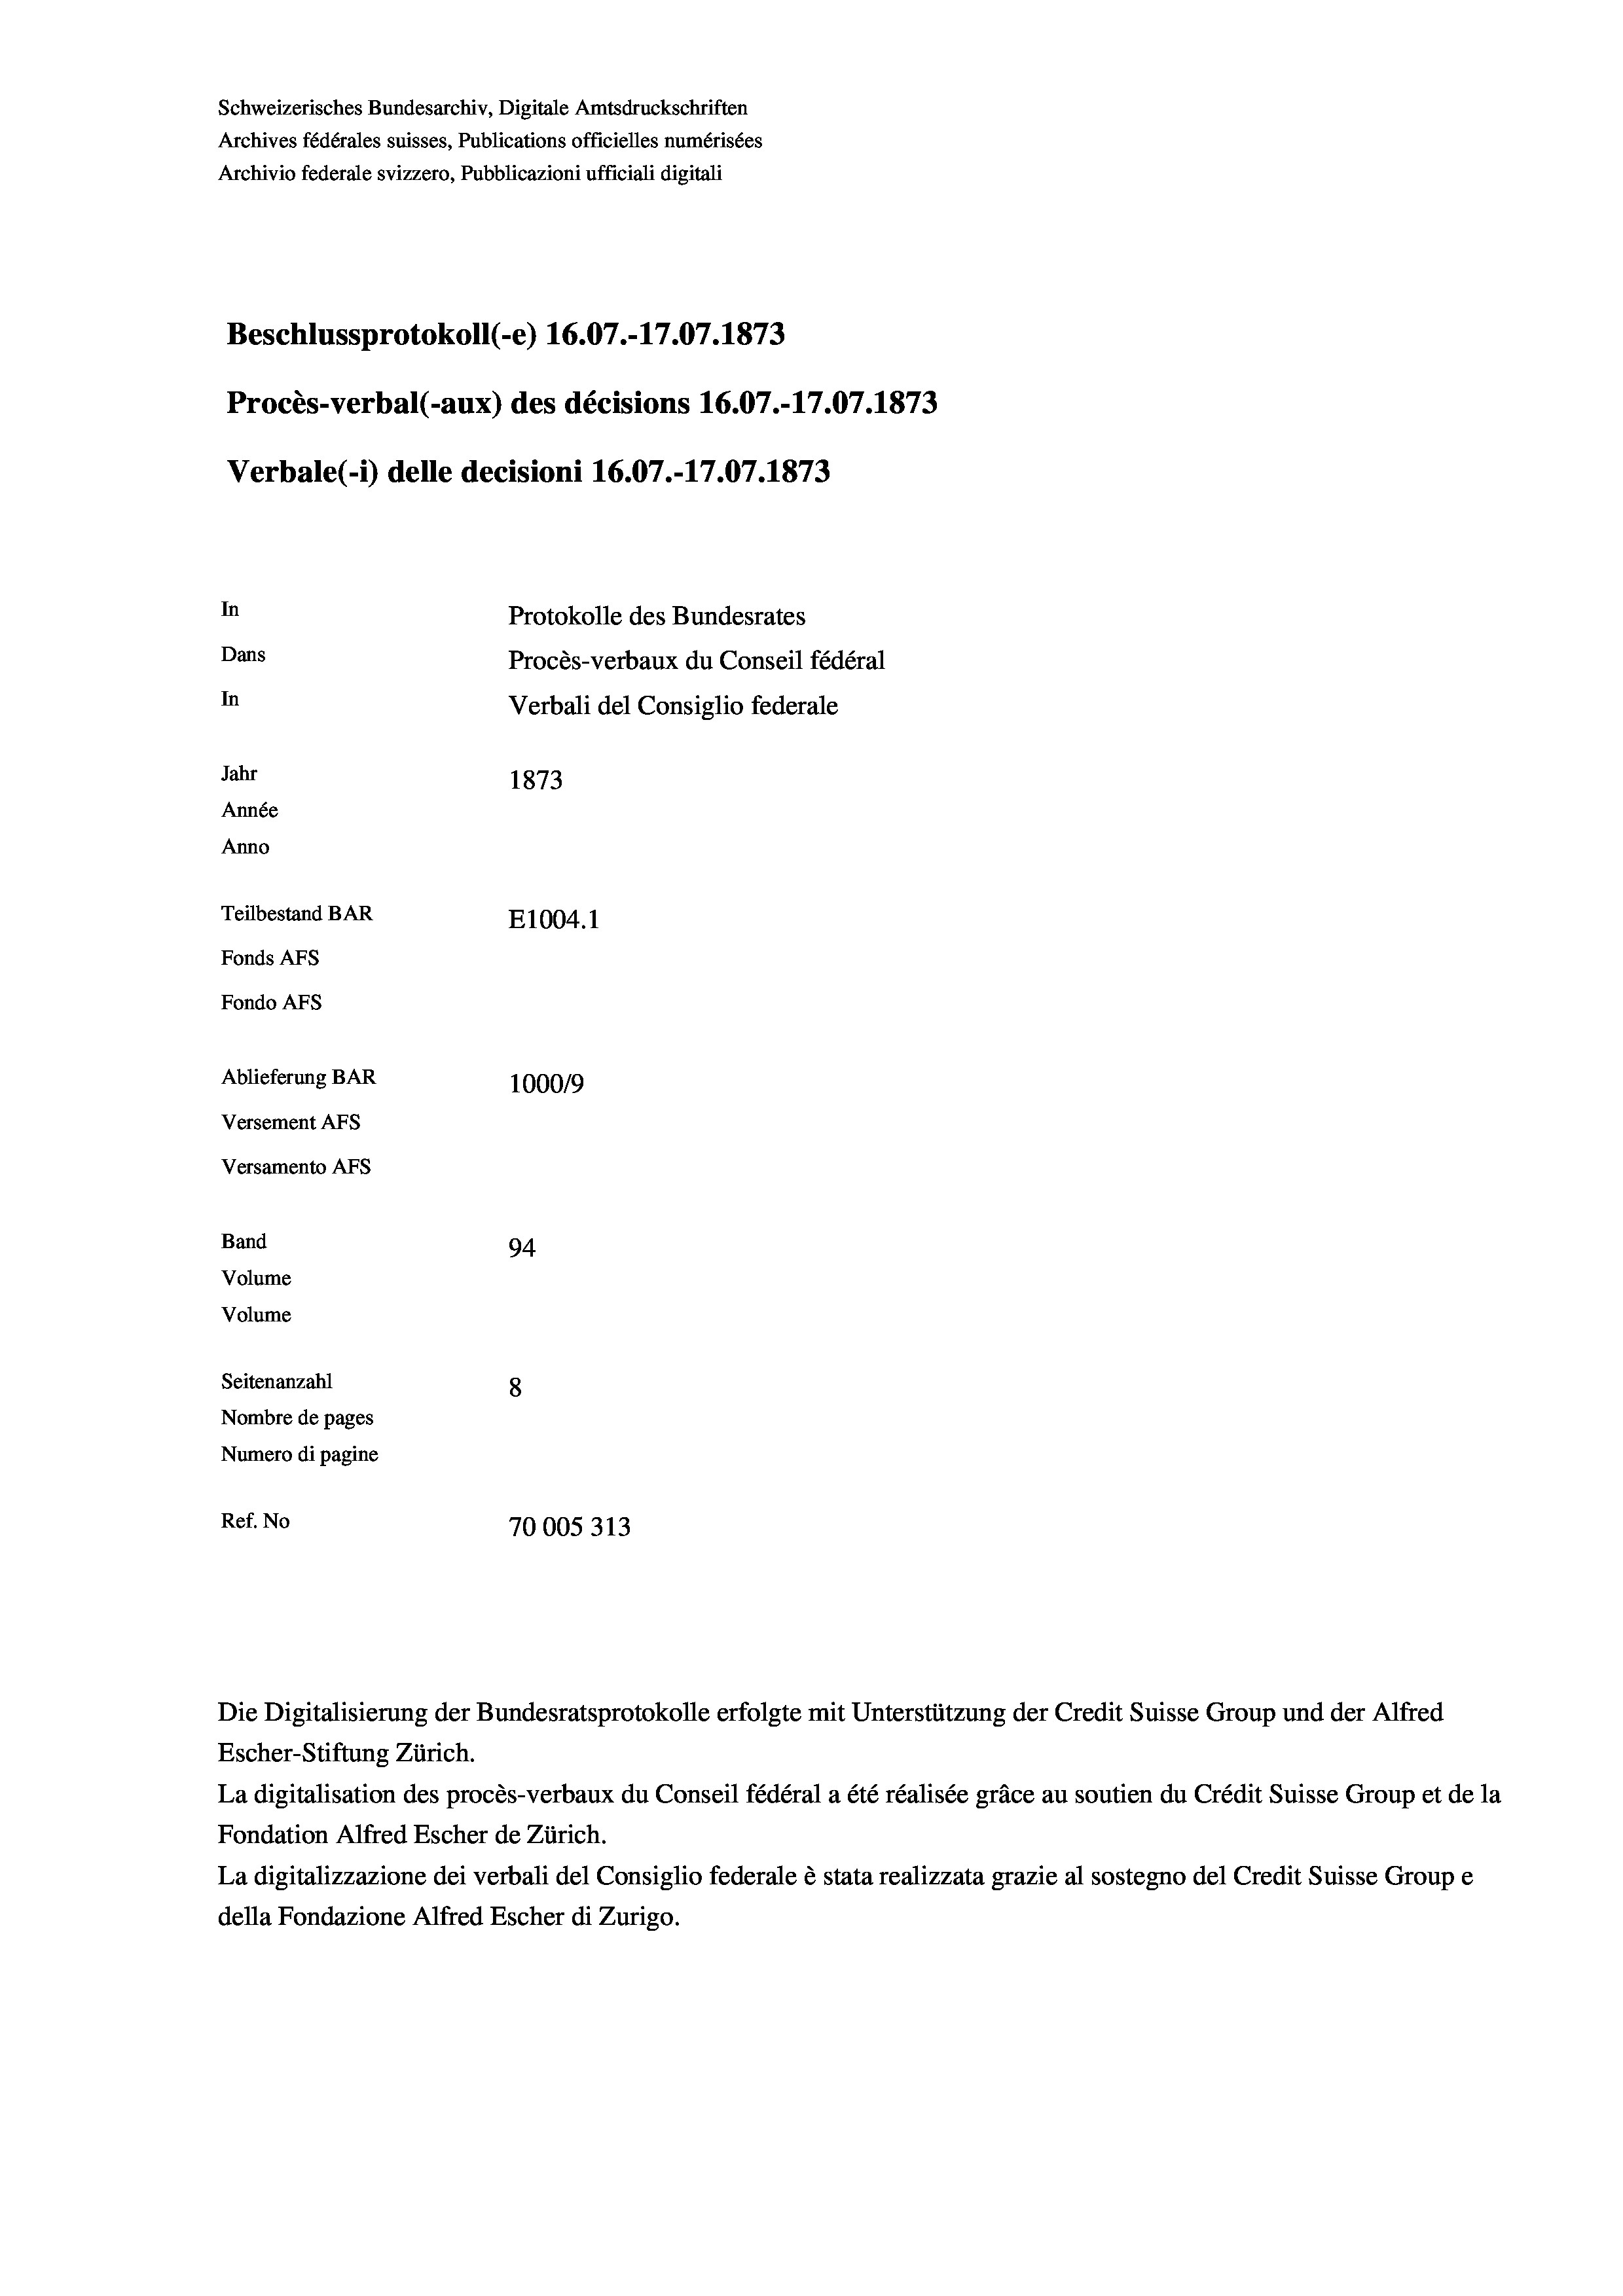
Schweizerisches Bundesarchiv, Digitale Amtsdruckschriften
Archives fédérales suisses, Publications officielles numérisées
Archivio federale svizzero, Pubblicazioni ufficiali digitali
Beschlussprotokoll (-e) 16.07.-17.07. 1873
Procès-verbal (-aux) des décisions 16.07.-17.07. 1873
Verbale (- 1) delle decisioni 16.07.-17.07. 1873
In
Protokolle des Bundesrates
Dans
Procès-verbaux du Conseil fédéral
In
Verbali del Consiglio federale
Jahr
1873
Année
Anno
Teilbestand BAR
E1004. 1
Fonds AFs
Fondo AFs
Ablieferung BAR
100019
Versement AFs
Versamento AFs
Band
94.
Volume
Volume
Seitenanzahl
8

Nombre de pages
Numero di pagine
Ref. No
70005313

Escher-Stiftung Zürich.
La digitalisation des procès-verbaux du Conseil fédéral a été réalisée gräce au soutien du Crédit Suisse Group et de la
Fondation Alfred Escher de Zürich.
La digitalizzazione dei verbali del Consiglio federale è stata realizzata grazie al sostegno del Credit Suisse Groupe
della Fondazione Alfred Escher di Zurigo.

Die Digitalisierung der Bundesratsprotokolle erfolgte mit Unterstützung der Credit Suisse Group und der Alfred